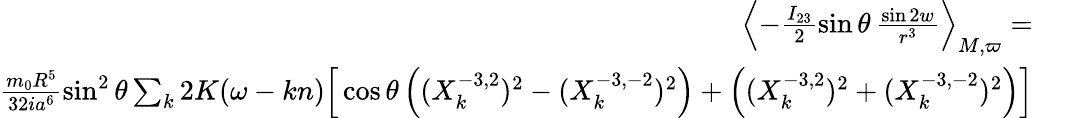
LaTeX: \begin{array}{rlr}{\left\langle-\frac{I_{23}}{2}\sin\theta\, \frac{\sin 2w}{r^{3}}\right\rangle_{M,\varpi}=}&{{}}&{}\\ {\frac{m_{0}R^{5}}{32ia^{6}}\sin^{2}\theta\sum_{k}2K(\omega-kn)\Big[\cos\theta\left((X_{k}^{-3,2})^{2}-(X_{k}^{-3,-2})^{2}\right)+\left((X_{k}^{-3,2})^{2}+(X_{k}^{-3,-2})^{2}\right)\Big]}\end{array}